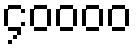
၄၀၀၀၀